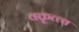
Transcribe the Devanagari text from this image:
वक्तॄत्त्व